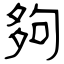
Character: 夠